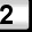
Digit: 2